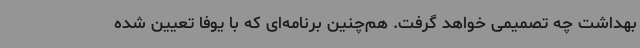
بهداشت چه تصمیمی خواهد گرفت. هم‌چنین برنامه‌ای که با یوفا تعیین شده